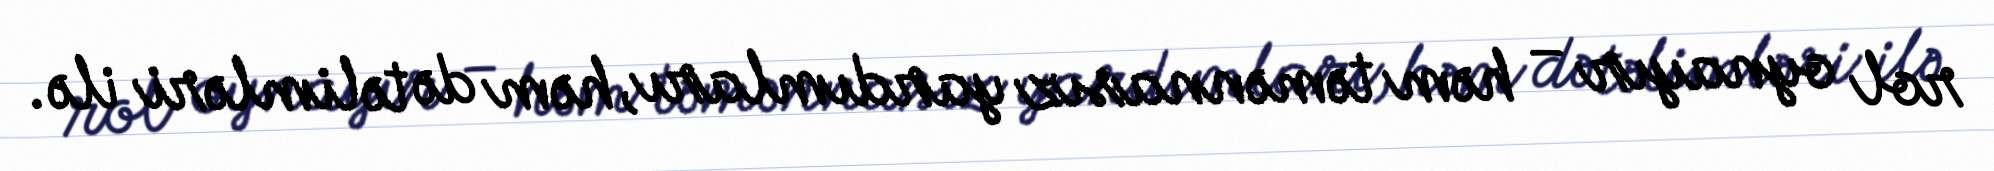
rol oynayır – həm təmənnasız yardımları, həm də təlimləri ilə.